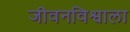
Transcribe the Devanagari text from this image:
जीवनविश्वाला